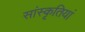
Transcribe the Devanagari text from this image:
सांस्कृतियां